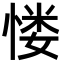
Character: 㥪